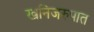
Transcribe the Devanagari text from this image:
खनिजरुपात